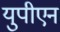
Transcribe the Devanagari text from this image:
युपीएन